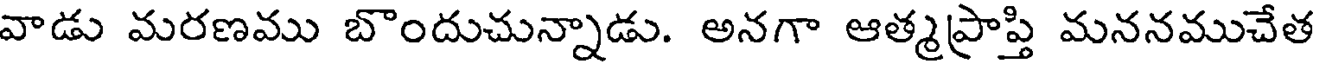
వాడు మరణము బొందుచున్నాడు. అనగా ఆత్మప్రాప్తి మననముచేత